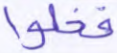
فخلوا